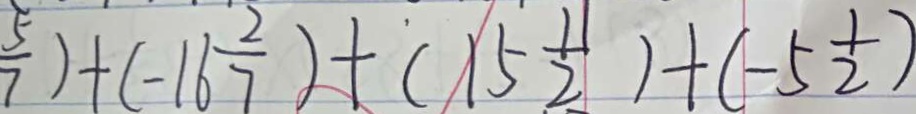
\frac { 5 } { 7 } ) + ( - 1 6 \frac { 2 } { 7 } ) + ( 1 5 \frac { 1 1 } { 2 } ) + ( - 5 \frac { 1 } { 2 } )